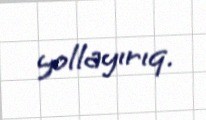
yollayırıq.